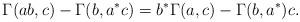
LaTeX: \begin{align*}\Gamma(ab, c)-\Gamma(b, a^*c)=b^*\Gamma(a, c)-\Gamma(b, a^*) c.\end{align*}